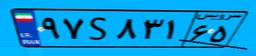
۹۷S۸۳۱۶۵